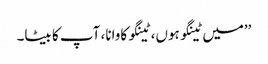
’’میں ٹینگو ہوں، ٹینگو کاوانا، آپ کا بیٹا۔